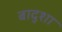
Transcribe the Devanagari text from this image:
बादुशा